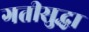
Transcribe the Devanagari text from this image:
गतीसुद्धा